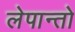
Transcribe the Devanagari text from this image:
लेपान्तो